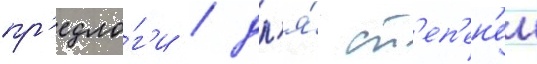
пр'едло́г'и / дл'я́ ст'еп'ен'еи